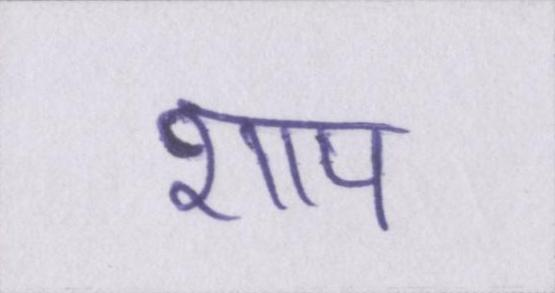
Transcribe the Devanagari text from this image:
शाप